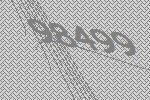
98499